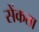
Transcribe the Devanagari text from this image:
सेंकता